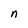
Character: n